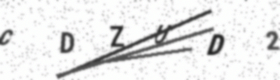
Text: CDZUD2